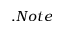
. N o t e